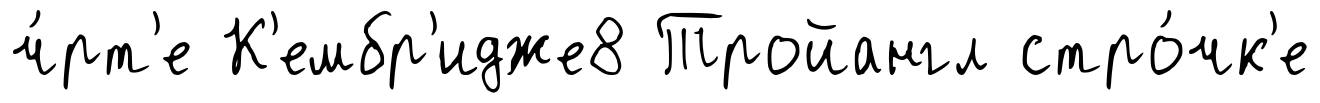
ч́рт'е К'ембр'идже8 Тройангл стро́чк'е